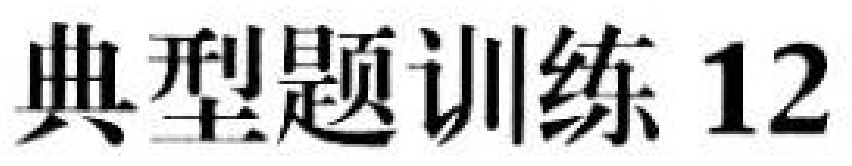
典型题训练 12